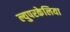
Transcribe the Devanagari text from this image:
ल्युपरकेलिया